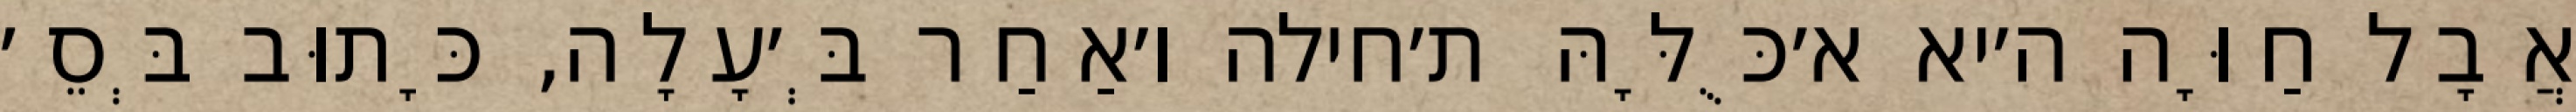
אֲבָל חַוָּה ה׳יא א׳כֻּלָּהּ ת׳חילה ו׳אַחַר בְּ׳עָלָה, כָּתוּב בְּסֵ׳